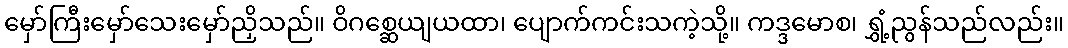
မှော်ကြီးမှော်သေးမှော်ညှိသည်။ ဝိဂစ္ဆေယျယထာ၊ ပျောက်ကင်းသကဲ့သို့။ ကဒ္ဒမောစ၊ ရွှံ့ညွန်သည်လည်း။